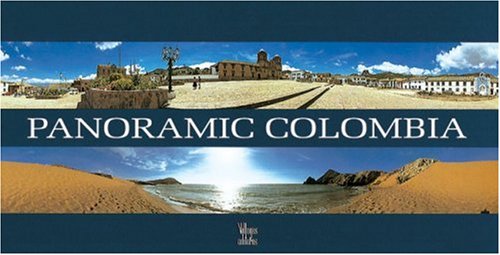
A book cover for Panoramic Colombia; Benjamin Villegas; Travel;